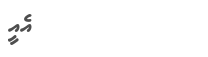
٤١         އެއީ